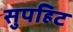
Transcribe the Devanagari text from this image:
सुपहिट